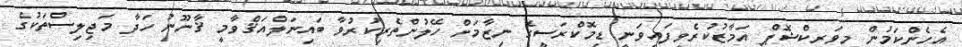
އެހެންކަމުން މިވަރކްޝޮޕް އަމާޒުކުރެވިފައިވަނީ ޑިމޮކްރަސީގެ ނިޒާމަށް ހޭލުންތެރިކުރުވާ ބައިނަލްއަޤްވާމީ ޤާނޫނު ހަދާ މަޖިލިސްތަކުގެ